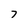
Character: 7